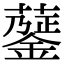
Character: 𧁅